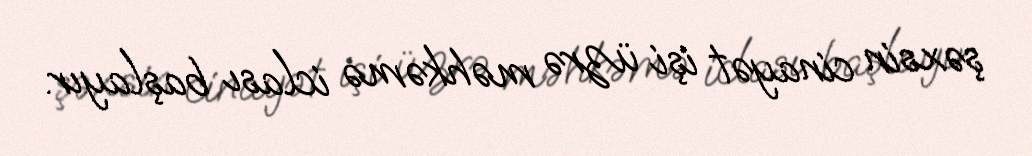
şəxsin cinayət işi üzrə məhkəmə iclası başlayır.